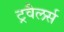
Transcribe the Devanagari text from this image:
ट्रवैलर्स